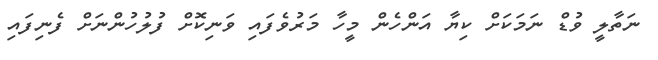
ނަތާލީ ވުޑް ނަމަކަށް ކިޔާ އަންހެން މީހާ މަރުވެފައި ވަނިކޮށް ފުލުހުންނަށް ފެނިފައި